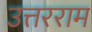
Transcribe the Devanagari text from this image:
उत्तरराम